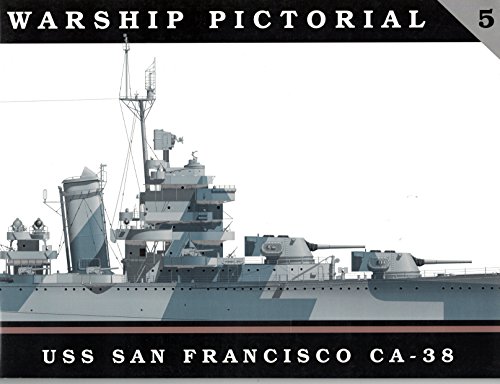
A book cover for Warship Pictorial No. 5 - USS San Francisco CA-38; Steve Wiper; Arts & Photography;